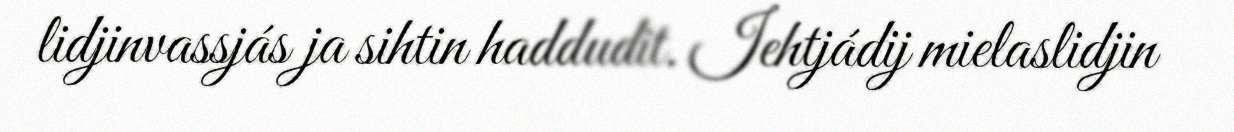
lidjinvassjás ja sihtin haddudit. Iehtjádij mielaslidjin